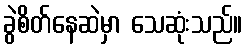
ခွဲစိတ်နေဆဲမှာ သေဆုံးသည်။